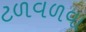
ટળવળવા